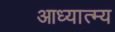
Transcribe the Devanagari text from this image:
आध्यात्म्य